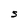
Character: S